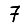
Digit: 7